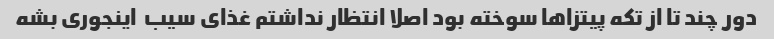
دور چند تا از تکه پیتزاها سوخته بود اصلا انتظار نداشتم غذای سیب  اینجوری بشه